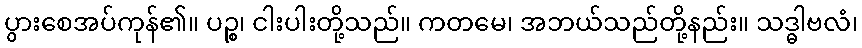
ပွားစေအပ်ကုန်၏။ ပဉ္စ၊ ငါးပါးတို့သည်။ ကတမေ၊ အဘယ်သည်တို့နည်း။ သဒ္ဓါဗလံ၊